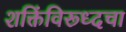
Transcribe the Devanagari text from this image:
शक्तिंविरूध्दचा